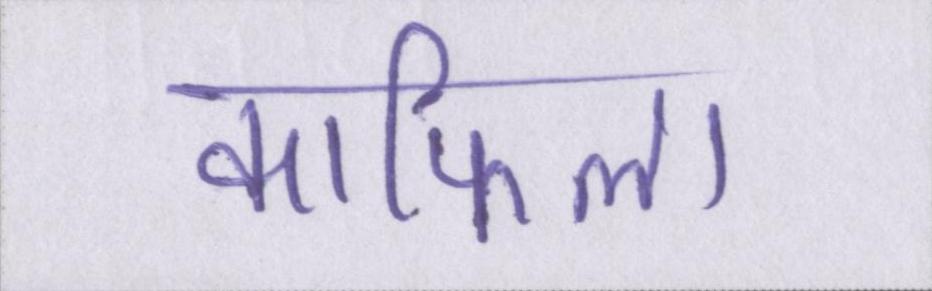
काफिला